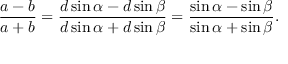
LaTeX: { \frac { a - b } { a + b } } = { \frac { d \sin \alpha - d \sin \beta } { d \sin \alpha + d \sin \beta } } = { \frac { \sin \alpha - \sin \beta } { \sin \alpha + \sin \beta } } .